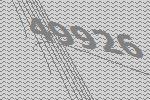
49926